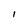
Character: l